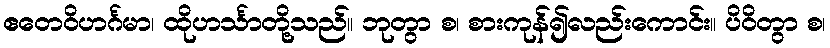
ဧတေဝိဟင်္ဂမာ၊ ထိုဟင်္သာတို့သည်။ ဘုတွာ စ၊ စားကုန်၍လည်းကောင်း။ ပိဝိတွာ စ၊